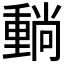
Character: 𡮶